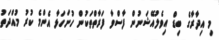
މި އިދާރާގެ ބިޑް އިވެލުއޭޝަނުން ފާސްވާ ފަރާތްތަކުން ހުށަހަޅާ އެންމެ ކުރު މުއްދަތު